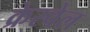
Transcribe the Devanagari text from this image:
क्रेस्वेल